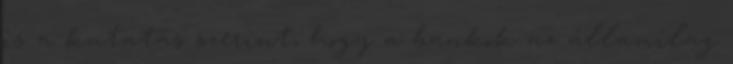
is a kutatás szerint, hogy a bankok az államilag